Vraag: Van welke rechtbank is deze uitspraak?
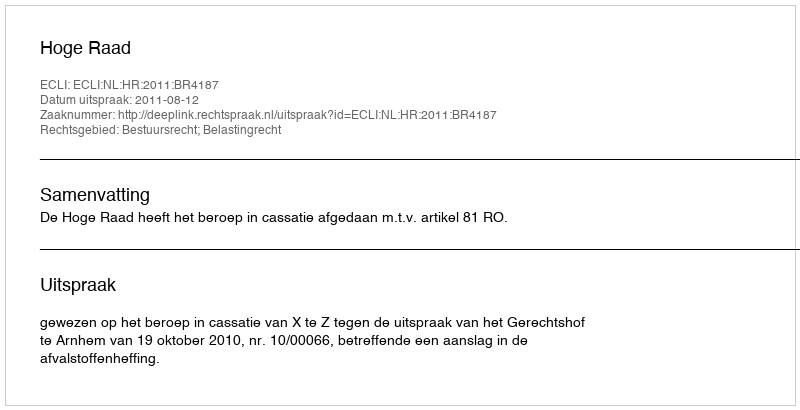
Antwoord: Hoge Raad